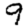
Digit: 9